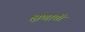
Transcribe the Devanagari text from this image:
क्षणाची